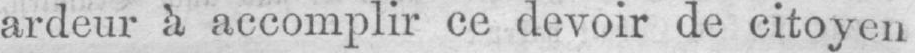
ardeur à accomplir ce devoir de citoyen